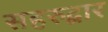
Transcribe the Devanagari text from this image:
सहरुद्वार